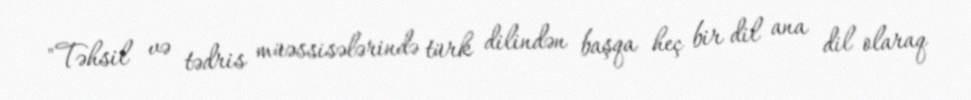
"Təhsil və tədris müəssisələrində türk dilindən başqa heç bir dil ana dil olaraq